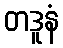
တဒူနံ